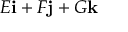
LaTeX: E \mathbf { i } + F \mathbf { j } + G \mathbf { k }